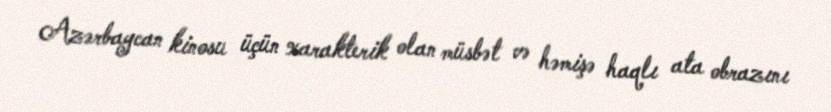
Azərbaycan kinosu üçün xarakterik olan müsbət və həmişə haqlı ata obrazını